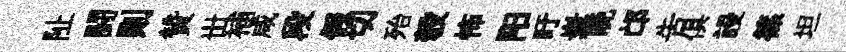
阯闘则贊丗補咸段假切殆彀怖阳盱嶪晩邙告俱謾篠坦